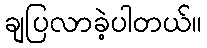
ချပြလာခဲ့ပါတယ်။